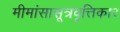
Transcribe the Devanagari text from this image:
मीमांसासूत्रवृत्तिकार